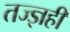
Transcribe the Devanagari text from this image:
तज्ज्ञही